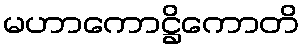
မဟာကောဋ္ဌိကောတိ